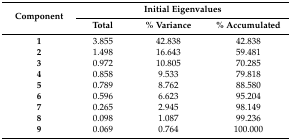
<table><thead><tr><td rowspan="2"><b>Component</b></td><td colspan="3"><b>Initial Eigenvalues</b></td></tr><tr><td><b>Total</b></td><td><b>% Variance</b></td><td><b>% Accumulated</b></td></tr></thead><tbody><tr><td><b>1</b></td><td>3.855</td><td>42.838</td><td>42.838</td></tr><tr><td><b>2</b></td><td>1.498</td><td>16.643</td><td>59.481</td></tr><tr><td><b>3</b></td><td>0.972</td><td>10.805</td><td>70.285</td></tr><tr><td><b>4</b></td><td>0.858</td><td>9.533</td><td>79.818</td></tr><tr><td><b>5</b></td><td>0.789</td><td>8.762</td><td>88.580</td></tr><tr><td><b>6</b></td><td>0.596</td><td>6.623</td><td>95.204</td></tr><tr><td><b>7</b></td><td>0.265</td><td>2.945</td><td>98.149</td></tr><tr><td><b>8</b></td><td>0.098</td><td>1.087</td><td>99.236</td></tr><tr><td><b>9</b></td><td>0.069</td><td>0.764</td><td>100.000</td></tr></tbody></table>